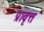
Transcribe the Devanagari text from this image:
प्रावृत्त